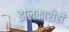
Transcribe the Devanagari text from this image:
झलकारीही